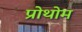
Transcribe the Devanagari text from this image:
प्रोथोम